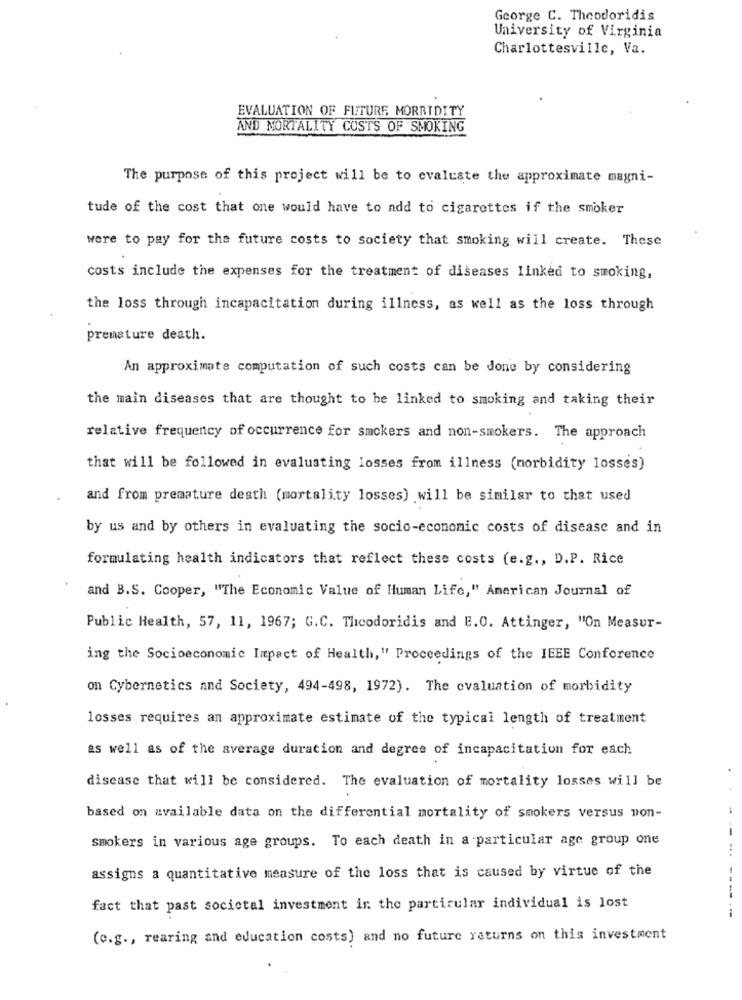
George C. Theodoridis
University of Virginia
Charlottesville, Va.
EVALUATION OF FUTURE MORBIDITY
AND MORTALITY COSTS OF SMOKING
The purpose of this project will be to evaluate the approximate magni-
tude of the cost that one would have to add to cigarettes if the smoker
were to pay for the future costs to society that smoking will create. These
costs include the expenses for the treatment of diseases linked to smoking,
the loss through incapacitation during illness, as well as the loss through
premature death.
An approximate computation of such costs can be done by considering
the main diseases that are thought to be linked to smoking and taking their
relative frequency of occurrence for smokers and non-smokers. The approach
that will be followed in evaluating losses from illness (morbidity losses)
and from premature death (mortality losses) will be similar to that used
by us and by others in evaluating the socio-economic costs of disease and in
formulating health indicators that reflect these costs (e.g ., D.P. Rice
and B.S. Cooper, "The Economic Value of Human Life," American Journal of
Public Health, 57, 11, 1967; G.C. Theodoridis and E.O. Attinger, "On Measur-
ing the Socioeconomic Impact of Health," Proceedings of the IEEE Conference
on Cybernetics and Society, 494-498, 1972). The evaluation of morbidity
losses requires an approximate estimate of the typical length of treatment
as well as of the average duration and degree of incapacitation for each
disease that will be considered. The evaluation of mortality losses will be
based on available data on the differential mortality of smokers versus non-
smokers in various age groups. To each death in a particular age group one
assigns a quantitative measure of the loss that is caused by virtue of the
---
fact that past societal investment in the particular individual is lost
(e.g ., rearing and education costs) and no future returns on this investment